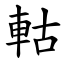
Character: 軲